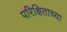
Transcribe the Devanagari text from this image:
परिक्षिताच्या